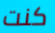
كنت